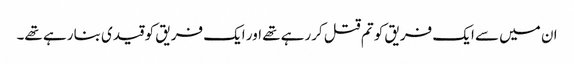
ان میں سے ایک فریق کو تم قتل کررہے تھے اور ایک فریق کو قیدی بنا رہے تھے۔